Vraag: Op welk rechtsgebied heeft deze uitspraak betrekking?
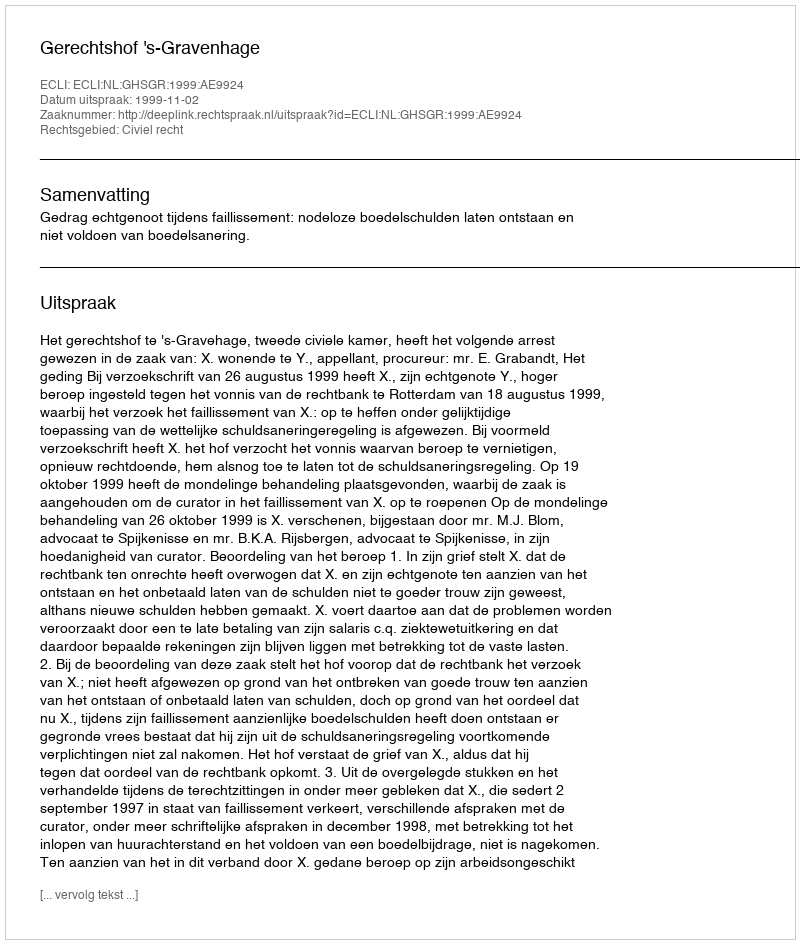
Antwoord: Civiel recht